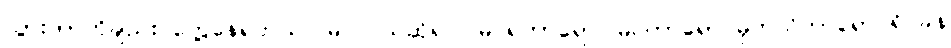
သွားတာကိုချည်း တွေ့နေရတယ်၊ မြင်တယ်ဆိုရင် မြင်ရတာရော မြင်တာရော မှတ်သိတာရော ရိပ်ခနဲ